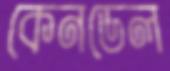
কেনডেল